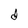
Character: d